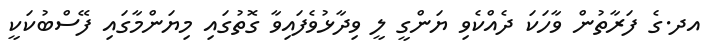
އދ.ގެ ފަރާތުން ވާހަކަ ދެއްކެވި ޔަންގީ ލީ ވިދާޅުވެފައިވާ ގޮތުގައި މިޔަންމާގައި ފޭސްބުކަކީ